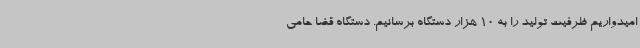
امیدواریم ظرفیت تولید را به 10 هزار دستگاه برسانیم. دستگاه قضا حامی